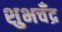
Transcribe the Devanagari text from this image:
शुभचँद्र